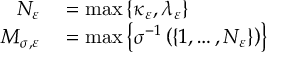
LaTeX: \begin{array} { r l } { N _ { \varepsilon } } & { { } = \operatorname* { m a x } \left\{ \kappa _ { \varepsilon } , \lambda _ { \varepsilon } \right\} } \\ { M _ { \sigma , \varepsilon } } & { { } = \operatorname* { m a x } \left\{ \sigma ^ { - 1 } \left( \left\{ 1 , \dots , N _ { \varepsilon } \right\} \right) \right\} } \end{array}